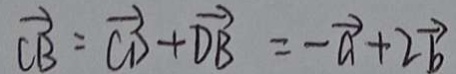
\overrightarrow { C B } = \overrightarrow { C D } + \overrightarrow { D B } = - \overrightarrow { a } + 2 \overrightarrow { b }